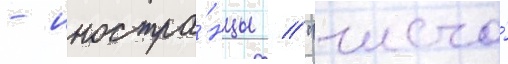
- иностра́нцы // "число́